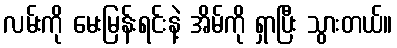
လမ်းကို မေးမြန်းရင်းနဲ့ အိမ်ကို ရှာပြီး သွားတယ်။